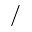
/